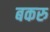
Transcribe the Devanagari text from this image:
बकरु